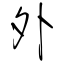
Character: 外